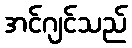
အင်ဂျင်သည်